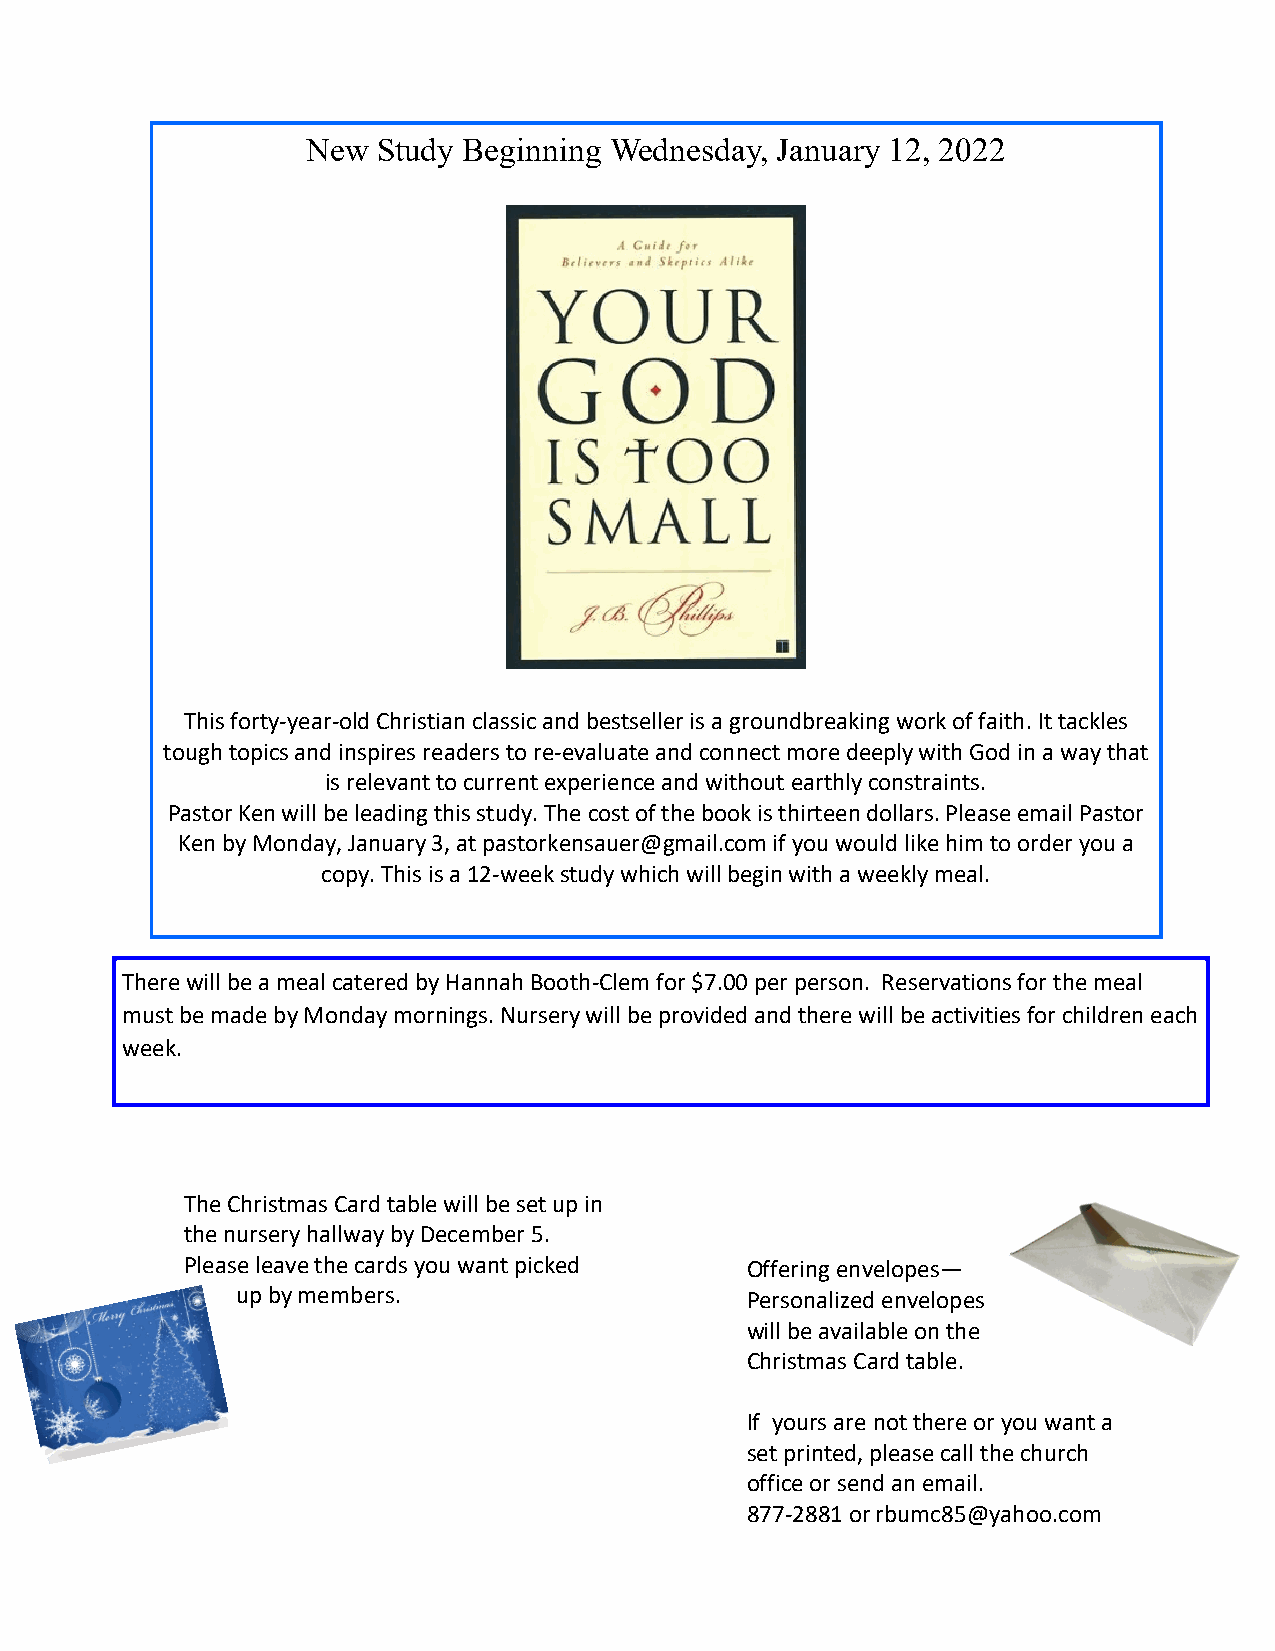
New  Study Beginning Wednesday, January 12, 2022
 This forty-year-old Christian classic and bestseller is a groundbreaking work of faith. It tackles
 tough topics and inspires readers to re-evaluate and connect more deeply with God in a way that
 is relevant to current experience and without earthly constraints.
 Pastor Ken will be leading this study. The cost of the book is thirteen dollars. Please email Pastor
 Ken by Monday, January 3, at pastorkensauer@gmail.com if you would like him to order you a
 copy. This is a 12-week study which will begin with a weekly meal.
 There will be a meal catered by Hannah Booth-Clem for $7.00 per person. Reservations for the meal
 must be made by Monday mornings. Nursery will be provided and there will be activities for children each
 week.
 The Christmas Card table will be set up in
 the nursery hallway by December 5.
 Please leave the cards you want picked Offering envelopes—
 up by members.                   Personalized envelopes
 will be available on the
 Christmas Card table.
 If yours are not there or you want a
 set printed, please call the church
 office or send an email.
 877-2881 or rbumc85@yahoo.com